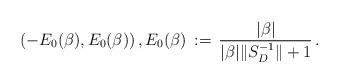
LaTeX: \begin{align*} (-E_0(\beta),E_0(\beta))\,,E_0(\beta)\,:=\,\frac{|\beta|}{|\beta|\|S_D^{-1}\|+1}\,.\end{align*}